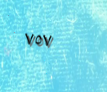
٧٥٧